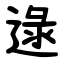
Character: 逯